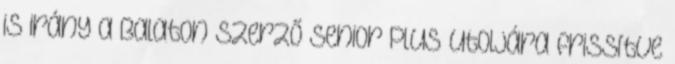
is irány a Balaton Szerző Senior Plus Utoljára frissítve